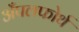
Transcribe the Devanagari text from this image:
अँपलफोर्थ